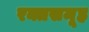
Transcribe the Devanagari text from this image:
रक्तसमूह